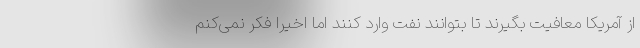
از آمریکا معافیت بگیرند تا بتوانند نفت وارد کنند اما اخیرا فکر نمی‌کنم